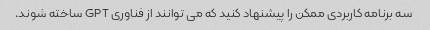
سه برنامه کاربردی ممکن را پیشنهاد کنید که می توانند از فناوری GPT ساخته شوند.